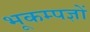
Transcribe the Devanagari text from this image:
भूकम्पज्ञों